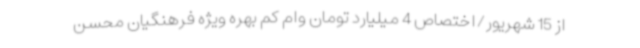
از 15 شهریور/اختصاص 4 میلیارد تومان وام کم بهره ویژه فرهنگیان محسن